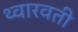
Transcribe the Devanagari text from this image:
थ्वारवती